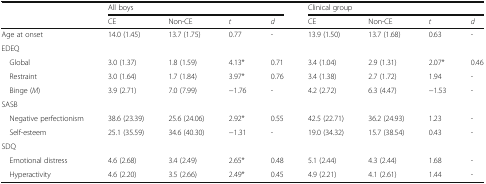
<table><thead><tr><td></td><td colspan="4"><b>All boys</b></td><td colspan="4"><b>Clinical group</b></td></tr><tr><td></td><td><b>CE</b></td><td><b>Non-CE</b></td><td><b><i>t</i></b></td><td><b><i>d</i></b></td><td><b>CE</b></td><td><b>Non-CE</b></td><td><b><i>t</i></b></td><td><b><i>d</i></b></td></tr></thead><tbody><tr><td>Age at onset</td><td>14.0 (1.45)</td><td>13.7 (1.75)</td><td>0.77</td><td>-</td><td>13.9 (1.50)</td><td>13.7 (1.68)</td><td>0.63</td><td>-</td></tr><tr><td colspan="9">EDEQ</td></tr><tr><td> Global</td><td>3.0 (1.37)</td><td>1.8 (1.59)</td><td>4.13*</td><td>0.71</td><td>3.4 (1.04)</td><td>2.9 (1.31)</td><td>2.07*</td><td>0.46</td></tr><tr><td> Restraint</td><td>3.0 (1.64)</td><td>1.7 (1.84)</td><td>3.97*</td><td>0.76</td><td>3.4 (1.38)</td><td>2.7 (1.72)</td><td>1.94</td><td>-</td></tr><tr><td> Binge (<i>M</i>)</td><td>3.9 (2.71)</td><td>7.0 (7.99)</td><td>−1.76</td><td>-</td><td>4.2 (2.72)</td><td>6.3 (4.47)</td><td>−1.53</td><td>-</td></tr><tr><td colspan="9">SASB</td></tr><tr><td> Negative perfectionism</td><td>38.6 (23.39)</td><td>25.6 (24.06)</td><td>2.92*</td><td>0.55</td><td>42.5 (22.71)</td><td>36.2 (24.93)</td><td>1.23</td><td>-</td></tr><tr><td> Self-esteem</td><td>25.1 (35.59)</td><td>34.6 (40.30)</td><td>−1.31</td><td>-</td><td>19.0 (34.32)</td><td>15.7 (38.54)</td><td>0.43</td><td>-</td></tr><tr><td colspan="9">SDQ</td></tr><tr><td> Emotional distress</td><td>4.6 (2.68)</td><td>3.4 (2.49)</td><td>2.65*</td><td>0.48</td><td>5.1 (2.44)</td><td>4.3 (2.44)</td><td>1.68</td><td>-</td></tr><tr><td> Hyperactivity</td><td>4.6 (2.20)</td><td>3.5 (2.66)</td><td>2.49*</td><td>0.45</td><td>4.9 (2.21)</td><td>4.1 (2.61)</td><td>1.44</td><td>-</td></tr></tbody></table>